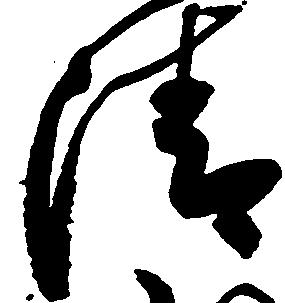
清